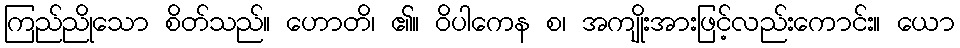
ကြည်ညိုသော စိတ်သည်။ ဟောတိ၊ ၏။ ဝိပါကေန စ၊ အကျိုးအားဖြင့်လည်းကောင်း။ ယော